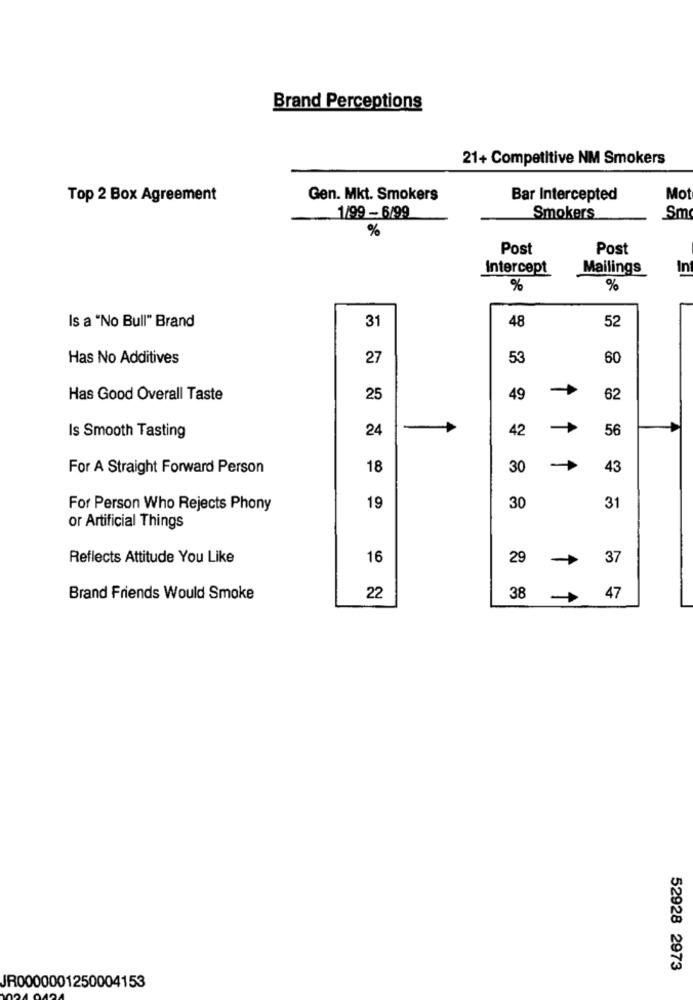
Brand Perceptions
21+ Competitive NM Smokers
Top 2 Box Agreement
Gen. Mkt. Smokers
Bar Intercepted
Mo
1/99 - 6/99
Smokers
Sm
%
Post
Post
Intercept
Mailings
In
%
%
31
48
Is a "No Bull" Brand
52
Has No Additives
27
53
60
Has Good Overall Taste
25
49
62
Is Smooth Tasting
24
-
42
56
For A Straight Forward Person
18
30
43
For Person Who Rejects Phony
19
30
31
or Artificial Things
Reflects Attitude You Like
16
29
37
4
Brand Friends Would Smoke
22
38
-
47
52928 2973
JR0000001250004153